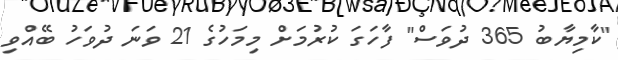
"ކާމިޔާބު 365 ދުވަސް" ފާހަގަ ކުރުމަށް މިމަހުގެ 21 ވަނަ ދުވަހު ބޭއްވި